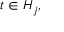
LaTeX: t \in H _ { j } ,